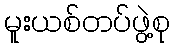
မူးယစ်တပ်ဖွဲ့စု